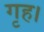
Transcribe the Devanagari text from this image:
गृह।